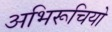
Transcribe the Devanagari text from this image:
अभिरूचियो